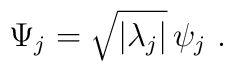
\Psi_j = \sqrt{| \lambda_j |} \, \psi_j~.